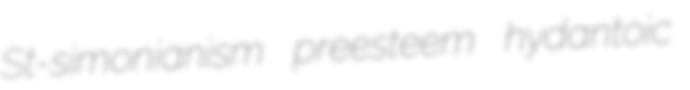
St-simonianism preesteem hydantoic